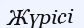
Жүрісі